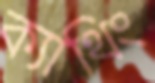
ক্যাথিং